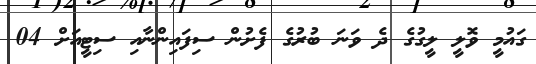
ގައުމީ ވޮލީ ލީގުގެ ދެ ވަނަ ބުރުގެ ފެށުން ސިފައިންނާއި ސިޓީއަށް 04